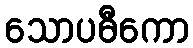
သောပဓီကော